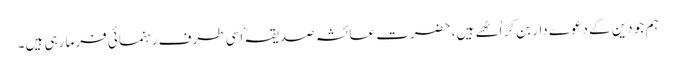
ہم جو دین کے دعوے دار بن کر اُٹھے ہیں، حضرت عائشہ صدیقہؓ اسی طرف رہنمائی فرما رہی ہیں۔